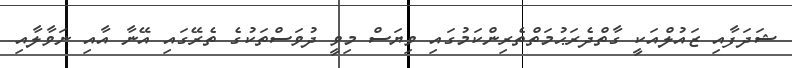
ޝަދަފާއި ޒައުލްއަކީ ގާތްދެރަޙުމަތްތެރިންކަމުގައި ވިޔަސް މިވީ ދުވަސްތަކުގެ ތެރޭގައި އޭނާ އާއި ނަވާލާއި